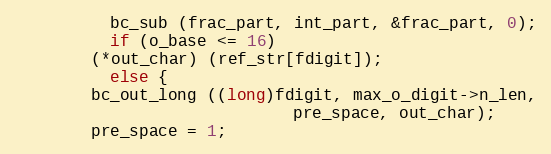
Language: C++
	      bc_sub (frac_part, int_part, &frac_part, 0);
	      if (o_base <= 16)
		(*out_char) (ref_str[fdigit]);
	      else {
		bc_out_long ((long)fdigit, max_o_digit->n_len,
                             pre_space, out_char);
		pre_space = 1;